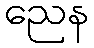
ညေန